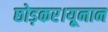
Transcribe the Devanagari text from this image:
छोड़कर।यूनान